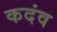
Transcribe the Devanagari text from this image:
कदंव